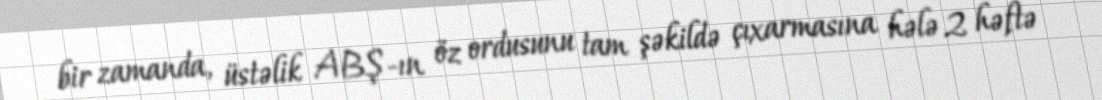
bir zamanda, üstəlik ABŞ-ın öz ordusunu tam şəkildə çıxarmasına hələ 2 həftə